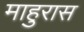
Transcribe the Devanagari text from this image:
माहुरास